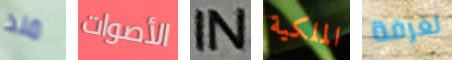
منذ الأصوات IN الملكية لغرفة